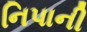
નિપાની